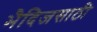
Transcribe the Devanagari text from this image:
भैदिजसाठी